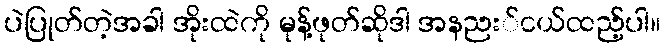
ပဲပြုတ်တဲ့အခါ အိုးထဲကို မုန့်ဖုတ်ဆိုဒါ အနညး်ငယ်ထည့်ပါ။